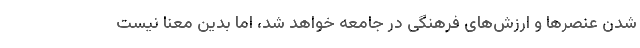
شدن عنصر‌ها و ارزش‌های فرهنگی در جامعه خواهد شد، اما بدین معنا نیست